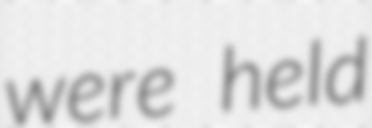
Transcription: were held